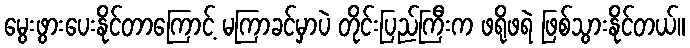
မွေးဖွားပေးနိုင်တာကြောင့် မကြာခင်မှာပဲ တိုင်းပြည်ကြီးက ဖရိုဖရဲ ဖြစ်သွားနိုင်တယ်။